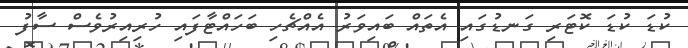
ކުޑަ ކުޑަ ކޮޓަރި ގަނޑުގައި އެތައް ބައިވަރު އެއްޗެހި ބަހައްޓާފައި ހުރިއިރުވެސް ސާފު